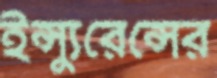
ইন্স্যুরেন্সের